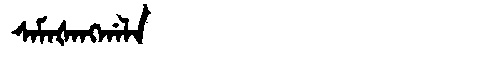
Manchu: ᠰᠠᠮᠠᡧᠠᠩᡤᠠᠯᠠ
Romanization: SAMAŠANGGALA